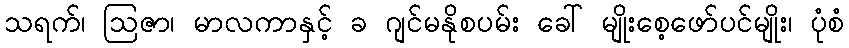
သရက်၊ ဩဇာ၊ မာလကာနှင့် ခ ဂျင်မနိုစပမ်း ခေါ် မျိုးစေ့ဖော်ပင်မျိုး၊ ပုံစံ